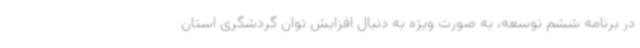
در برنامه ششم توسعه، به صورت ویژه به دنبال افزایش توان گردشگری استان